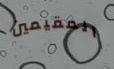
المقيمين